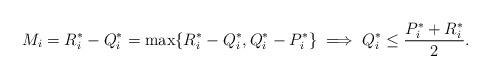
LaTeX: \begin{align*} M_i = R_i^* - Q_i^* = \max \{ R_i^* - Q_i^*, Q_i^* - P_i^* \} \implies Q_i^* \le \frac{P_i^*+R_i^*}{2}.\end{align*}